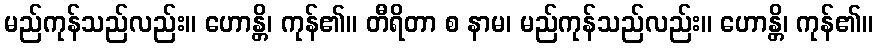
မည်ကုန်သည်လည်း။ ဟောန္တိ၊ ကုန်၏။ တီရိတာ စ နာမ၊ မည်ကုန်သည်လည်း။ ဟောန္တိ၊ ကုန်၏။